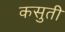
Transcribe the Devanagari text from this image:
कसुती